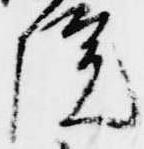
院